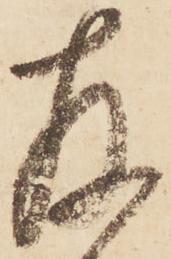
存